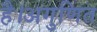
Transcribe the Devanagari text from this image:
है।अगुणित